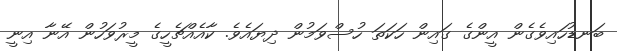
ބަނޑުހައިވެގެން އީންގެ ގައިން ހަކަތަ ހުސްވަމުން ދިޔައެވެ. ކާއެއްޗެހީގެ މީރުވަހުން އޭނާ އިނީ